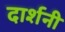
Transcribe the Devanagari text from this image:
दार्शनी